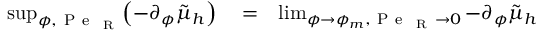
\begin{array} { r l r } { \operatorname* { s u p } _ { \phi , \mathrm { ~ P ~ e ~ } _ { \mathrm { ~ R ~ } } } \mathopen { } \mathclose \bgroup \mathopen { } \mathclose \bgroup \mathopen { } \mathclose \bgroup \mathopen { } \mathclose \bgroup \mathopen { } \mathclose \bgroup \mathopen { } \mathclose \bgroup \mathopen { } \mathclose \bgroup \mathopen { } \mathclose \bgroup \mathopen { } \mathclose \bgroup \mathopen { } \mathclose \bgroup \left( { - \partial _ { \phi } \tilde { \mu } _ { h } } \aftergroup \egroup \aftergroup \egroup \aftergroup \egroup \aftergroup \egroup \aftergroup \egroup \aftergroup \egroup \aftergroup \egroup \aftergroup \egroup \aftergroup \egroup \aftergroup \egroup \right) } & { { } = } & { \operatorname* { l i m } _ { \phi \to \phi _ { m } , \mathrm { ~ P ~ e ~ } _ { \mathrm { ~ R ~ } } \to 0 } { - \partial _ { \phi } \tilde { \mu } _ { h } } } \end{array}